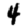
Digit: 4